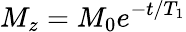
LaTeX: M_{z}=M_{0}e^{-t/T_{1}}